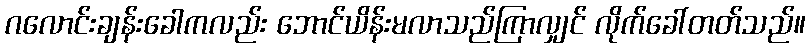
ဂလောင်းချန်းခေါကလည်း ဘောင်ယိန်းမလာသည်ကြာလျှင် လိုက်ခေါ်တတ်သည်။